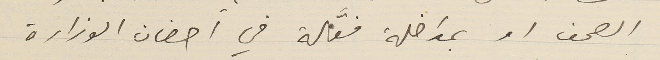
الصحف او بمداخلة فعَّالة في احضان الوزارة